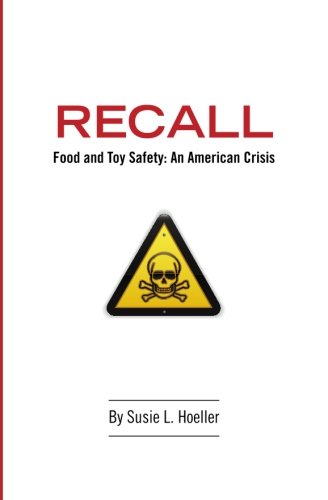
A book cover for Recall: Food &Toy Safety: An American Crisis; Susie L. Hoeller; Law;